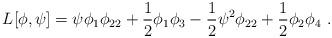
LaTeX: \begin{align*} L [\phi, \psi] = \psi \phi_1 \phi_{22} + \frac{1}{2} \phi_1 \phi_3 - \frac{1}{2} \psi^2 \phi_{22} + \frac{1}{2} \phi_2 \phi_4 \ . \end{align*}